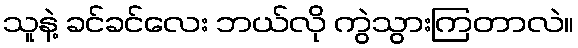
သူနဲ့ ခင်ခင်လေး ဘယ်လို ကွဲသွားကြတာလဲ။